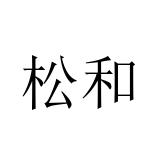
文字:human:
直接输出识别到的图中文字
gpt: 松和